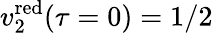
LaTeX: v_{2}^{\mathrm{red}}(\tau=0)=1/2